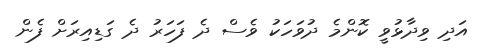
އަދި ވިދާޅުވީ ކޮންމެ ދުވަހަކު ވެސް ދެ ފަހަރު ދެ ގަޑިއިރަށް ފެން